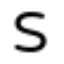
S